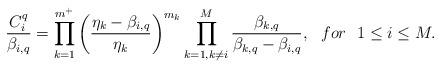
LaTeX: \begin{align*}\frac{C^q_i}{\beta_{i,q}}=\prod_{k=1}^{m^+}\left(\frac{\eta_k-\beta_{i,q}}{\eta_k}\right)^{m_k}\prod_{k=1,k \neq i}^{M}\frac{\beta_{k,q}}{\beta_{k,q}-\beta_{i,q}},\ \ for \ \ 1\leq i \leq M.\end{align*}